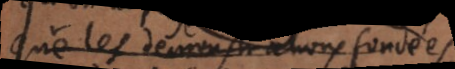
que les demonstrations fondées,